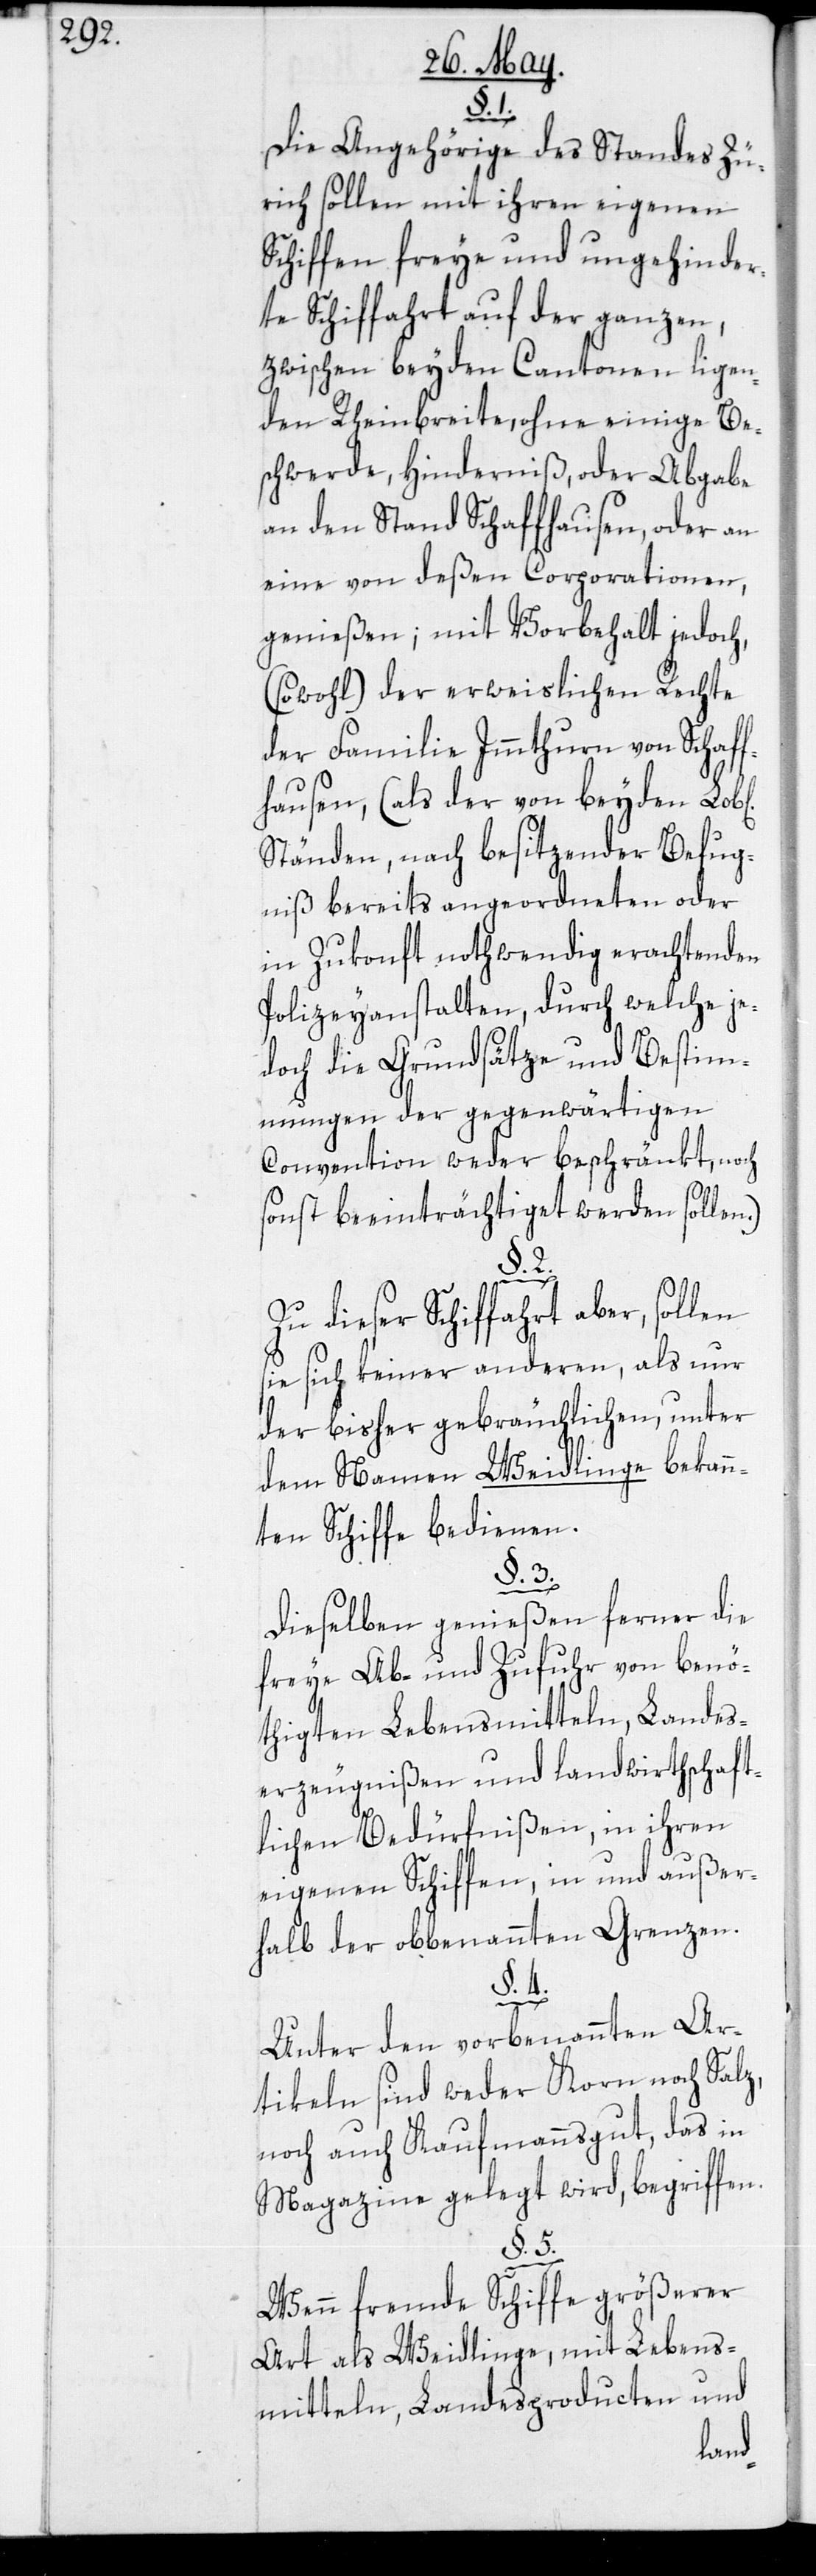
ic¬
Die Angehörige des Standes Zü¬
rich sollen mit ihren eigenen
Schiffen freye und ungehinder¬
te Schiffahrt auf der ganzen,
zwischen beyden Cantonen ligen¬
den Rheinbreite, ohne einige Be¬
schwerde, Hinderniß, oder Abgabe
an den Stand Schaffhausen, oder an
eine von deßen Corporationen,
geniessen; mit Vorbehalt jedoch,
(sowohl) der erweislichen Rechte
der Familie Immthurn von Schaf¬
fhausen, (als der von beyden Lob[l¬
Ständen, nach besitzender Befug¬
niß bereits angeordneten oder
in Zukonft nothwendig erachtenden
Polizeyanstalten, durch welche je¬
doch die Grundsätze und Bestim¬
mungen der gegenwärtigen
Convention weder beschränkt, noch
sonst beeinträchtiget werden sollen.)
§. 2.
Zu dieser Schiffahrt aber, sollen
sie sich keiner anderen, als nur
der bisher gebräuchlichen, unter
dem Namen Weidlinge bekan¬
nten Schiffe bedienen.
§. 3.
Dieselben genießen ferner die
freye Ab- und Zufuhr von benö¬
thigten Lebensmitteln, Landes¬
erzeugnißen und landwirthschaft¬
lichen Bedürfnißen, in ihren
eigenen Schiffen, in und außer¬
halb der obbenannten Grenzen.
§. 4.
Unter den vorbenannten Ar¬
tikeln sind weder Korn noch Salz,
noch auch Kaufmannsgut, das in
Magazine gelegt wird, begriffen.
§. 5.
Wenn fremde Schiffe größerer
Art als Weidlinge, mit Lebens¬
mitteln, Landesproducten und
hen]